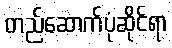
တည်ဆောက်ပုံဆိုင်ရာ